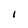
Character: 1